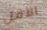
الأقل